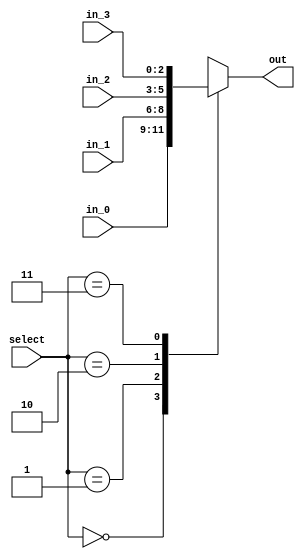
module mux4to1 #(parameter W=3)(out, in_0, in_1, in_2, in_3, select);


output reg [W-1:0] out;
input [W-1:0] in_0, in_1, in_2, in_3;
input [1:0] select;

always @(in_0, in_1, in_2, in_3, select)

	case(select)
	2'b00: out = in_0;
	2'b01: out = in_1;
	2'b10: out = in_2;
	2'b11: out = in_3;
	endcase

endmodule